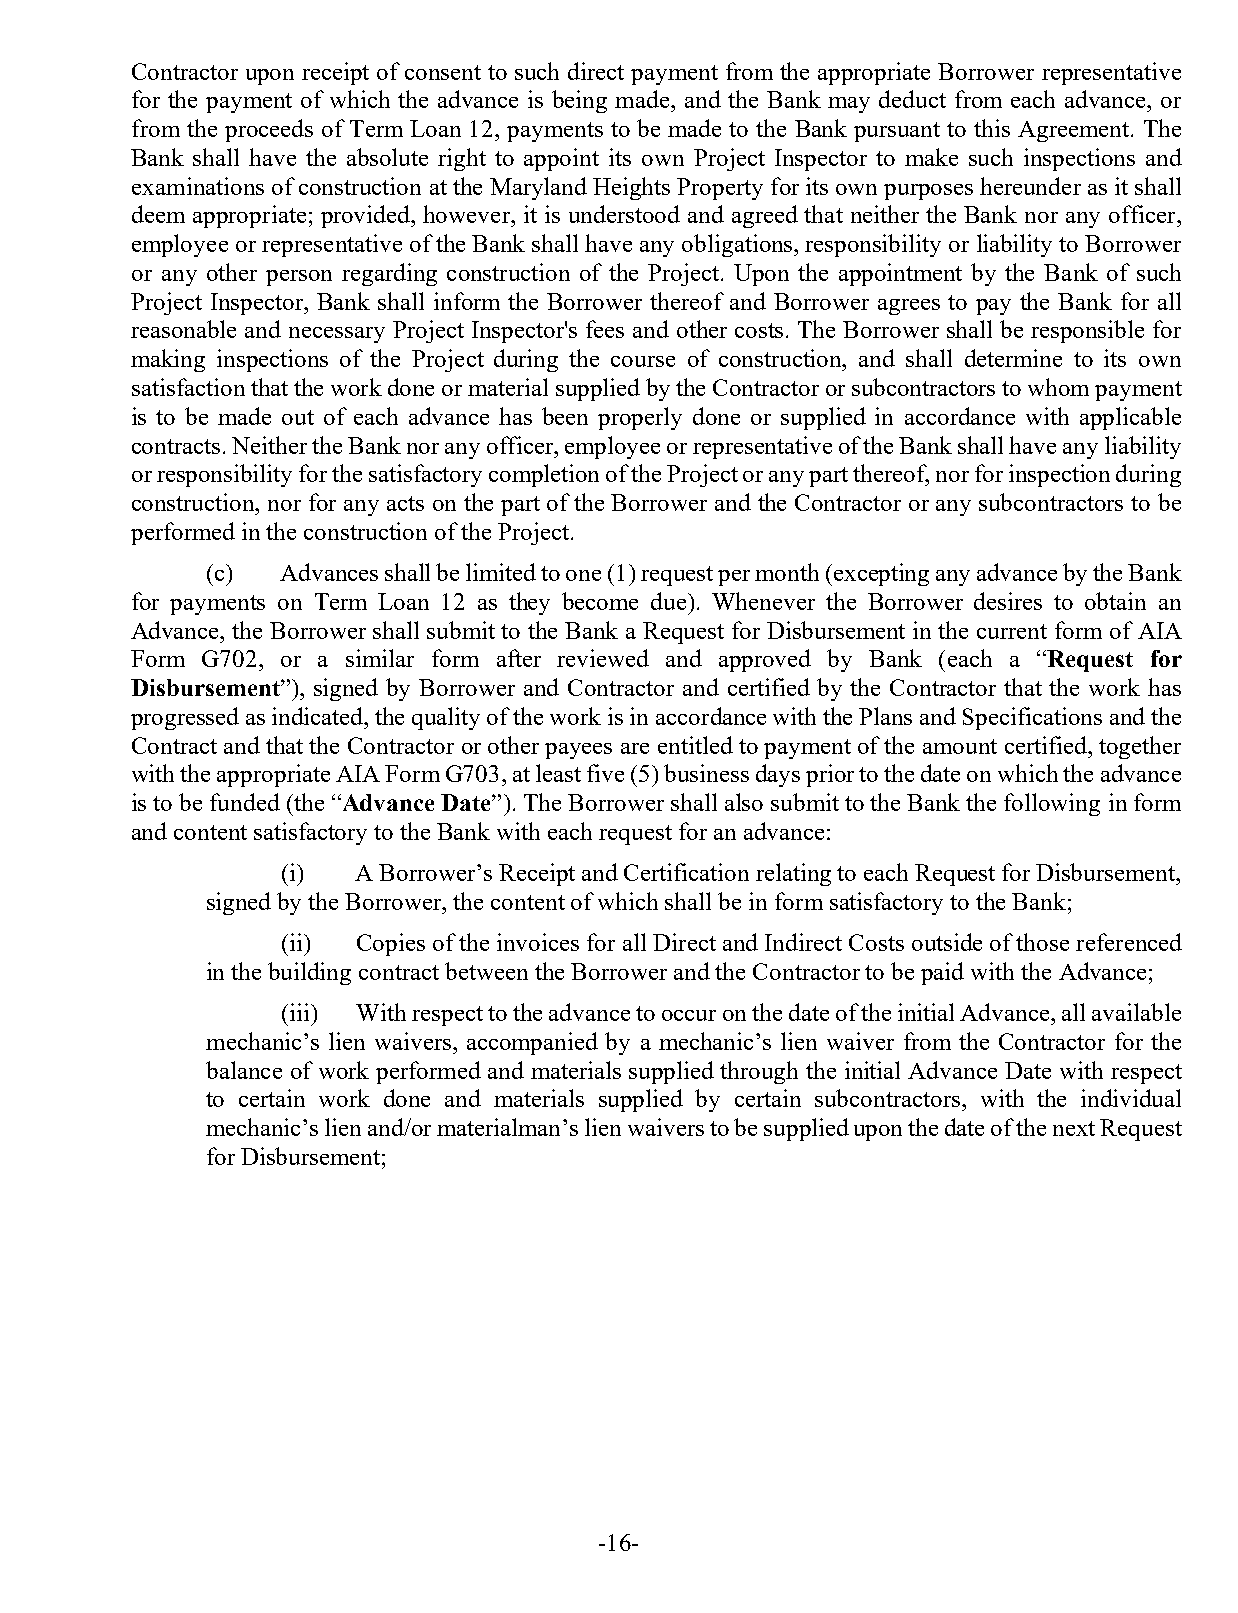
Contractor upon receipt of consent to such direct payment from the appropriate Borrower representative
 for the payment of which the advance is being made, and the Bank may deduct from each advance, or
 from the proceeds of Term Loan 12, payments to be made to the Bank pursuant to this Agreement. The
 Bank shall have the absolute right to appoint its own Project Inspector to make such inspections and
 examinations of construction at the Maryland Heights Property for its own purposes hereunder as it shall
 deem appropriate; provided, however, it is understood and agreed that neither the Bank nor any officer,
 employee or representative of the Bank shall have any obligations, responsibility or liability to Borrower
 or any other person regarding construction of the Project. Upon the appointment by the Bank of such
 Project Inspector, Bank shall inform the Borrower thereof and Borrower agrees to pay the Bank for all
 reasonable and necessary Project Inspector's fees and other costs. The Borrower shall be responsible for
 making inspections of the Project during the course of construction, and shall determine to its own
 satisfaction that the work done or material supplied by the Contractor or subcontractors to whom payment
 is to be made out of each advance has been properly done or supplied in accordance with applicable
 contracts. Neither the Bank nor any officer, employee or representative of the Bank shall have any liability
 or responsibility for the satisfactory completion of the Project or any part thereof, nor for inspection during
 construction, nor for any acts on the part of the Borrower and the Contractor or any subcontractors to be
 performed in the construction of the Project.
 (c)  Advances shall be limited to one (1) request per month (excepting any advance by the Bank
 for payments on Term Loan 12 as they become due). Whenever the Borrower desires to obtain an
 Advance, the Borrower shall submit to the Bank a Request for Disbursement in the current form of AIA
 Form G702, or a similar form after reviewed and approved by Bank (each a “Request for
 Disbursement”), signed by Borrower and Contractor and certified by the Contractor that the work has
 progressed as indicated, the quality of the work is in accordance with the Plans and Specifications and the
 Contract and that the Contractor or other payees are entitled to payment of the amount certified, together
 with the appropriate AIA Form G703, at least five (5) business days prior to the date on which the advance
 is to be funded (the “Advance Date”). The Borrower shall also submit to the Bank the following in form
 and content satisfactory to the Bank with each request for an advance:
 (i)  A Borrower’s Receipt and Certification relating to each Request for Disbursement,
 signed by the Borrower, the content of which shall be in form satisfactory to the Bank;
 (ii) Copies of the invoices for all Direct and Indirect Costs outside of those referenced
 in the building contract between the Borrower and the Contractor to be paid with the Advance;
 (iii) With respect to the advance to occur on the date of the initial Advance, all available
 mechanic’s lien waivers, accompanied by a mechanic’s lien waiver from the Contractor for the
 balance of work performed and materials supplied through the initial Advance Date with respect
 to certain work done and materials supplied by certain subcontractors, with the individual
 mechanic’s lien and/or materialman’s lien waivers to be supplied upon the date of the next Request
 for Disbursement;
 -16-